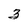
Character: 3